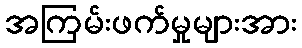
အကြမ်းဖက်မှုများအား